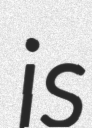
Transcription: is